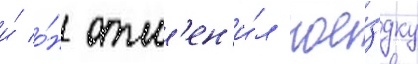
и́ о́н отм'ен'и́л пое́здку